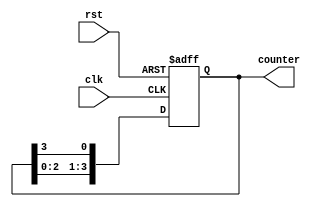
module johnson_counter(
    input clk,
    input rst,
    output reg [3:0] counter
);

always @(posedge clk or posedge rst) begin
    if(rst) begin
        counter <= 4'b0001;
    end else begin
        counter <= {counter[2:0], counter[3]};
    end
end

endmodule